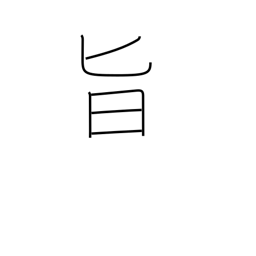
Meaning: relish